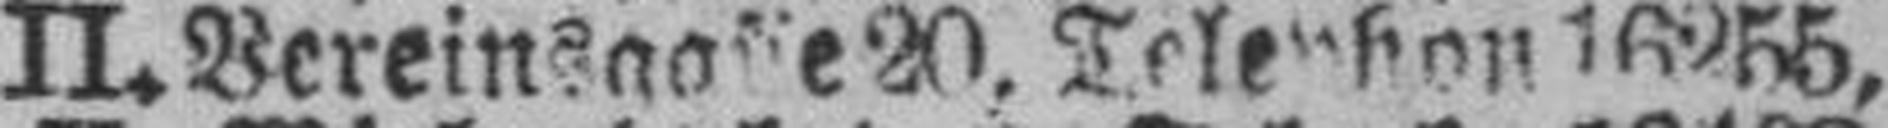
II. Bereinsgasse 20, Telephon 16255,